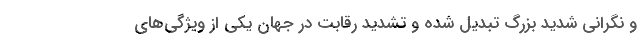
و نگرانی شدید بزرگ تبدیل شده و تشدید رقابت در جهان یکی از ویژگی‌های